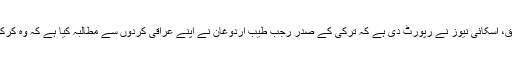
ایسنا کی رپورٹ کے مطابق، اسکائی نیوز نے رپورٹ دی ہے کہ ترکی کے صدر رجب طیب اردوغان نے اپنے عراقی کردوں سے مطالبہ کیا ہے کہ وہ کرکوک سے اپنا پرچم اتار لیں۔